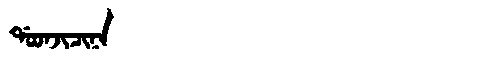
Manchu: ᡩᠣᠣᠨᠵᡳᠴᡳᠨᠠ
Romanization: DOONJICINA